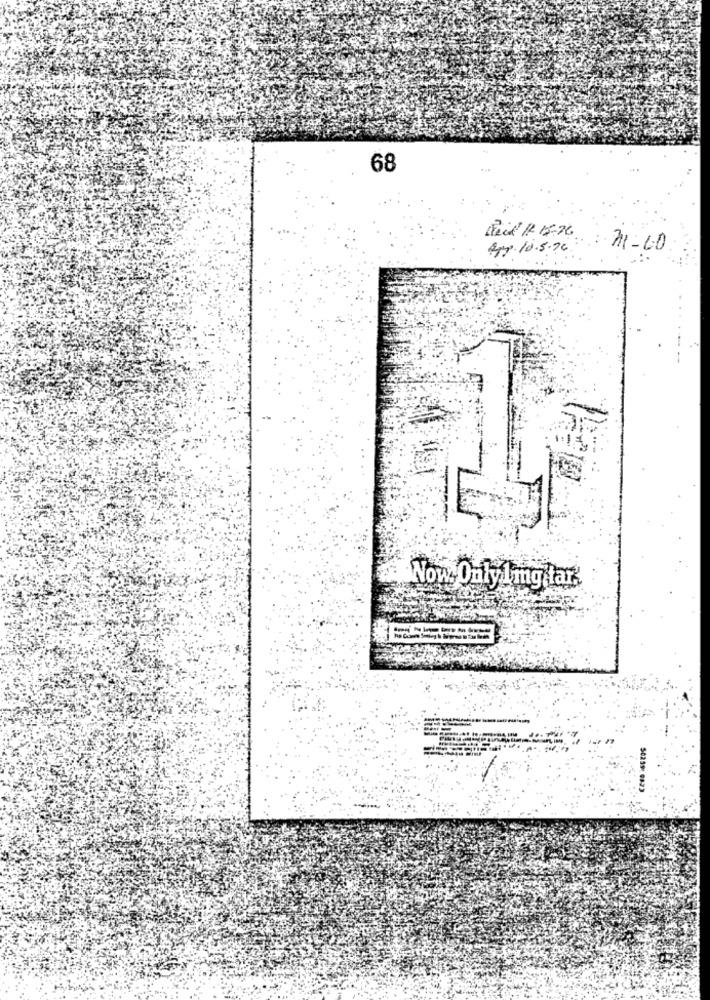
68
Decid IR 15:26
Spp. 10.5.76
: 31-60
Now Only 1mg tar.
50259: 0823